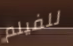
للفيلم